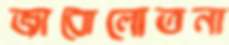
জাবোলোতনা